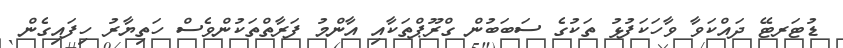
ޑުޓަރޓޭ ދައްކަވާ ވާހަކަފުޅު ތަކުގެ ސަބަބުން ގްރޫޕްތަކާއި އާންމު ފަރާތްތަކުންވެސް ހަތިޔާރު ހިފައިގެން